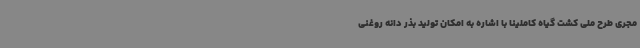
مجری طرح ملی کشت گیاه کاملینا با اشاره به امکان تولید بذر دانه روغنی